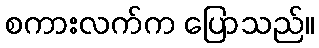
စကားလက်က ပြောသည်။